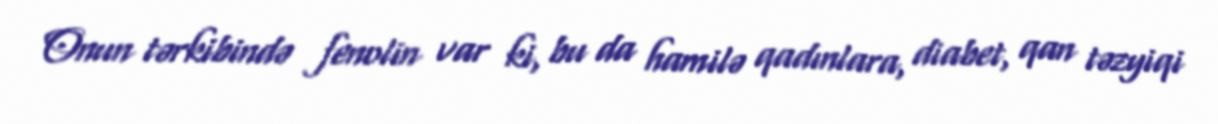
Onun tərkibində fenolin var ki, bu da hamilə qadınlara, diabet, qan təzyiqi